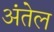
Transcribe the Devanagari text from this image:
अंतेल